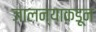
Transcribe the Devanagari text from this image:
जालन्याकडून